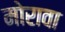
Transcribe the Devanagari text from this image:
मोरावा